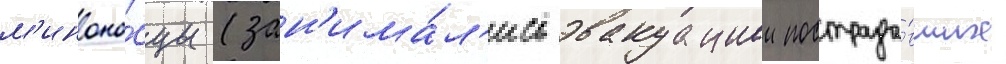
м'иноно́сцы (зан'има́л'ись эвакуациеи пострада́вших